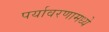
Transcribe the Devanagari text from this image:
पर्यावरणामध्ये